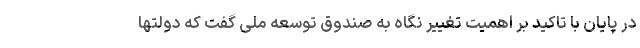
در پایان با تاکید بر اهمیت تغییر نگاه به صندوق توسعه ملی گفت که دولتها